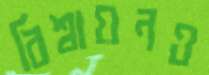
বিশ্বায়নও